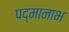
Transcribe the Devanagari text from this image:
पद्मानाभ